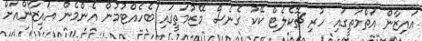
އައިޒާން އަތްމަތީގައި ހުރި ޗޮކެލެޓް ކޭކު ގެނެސް މޭޒުމަތީގައި ބެހެއްޓުމުން އެންމެން އައިޒާންއަށް